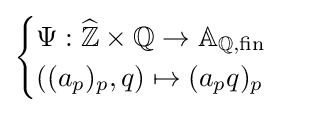
{\begin{cases}\Psi :{\widehat {\mathbb {Z} }}\times \mathbb {Q} \to \mathbb {A} _{\mathbb {Q} ,{\text{fin}}}\\\left((a_{p})_{p},q\right)\mapsto (a_{p}q)_{p}\end{cases}}